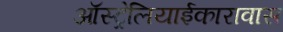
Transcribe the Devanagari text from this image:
ऑस्ट्रेलियाईकारावास